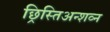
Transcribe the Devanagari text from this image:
छ्रिस्तिअन्शव्न